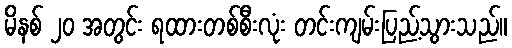
မိနစ် ၂၀ အတွင်း ရထားတစ်စီးလုံး တင်းကျမ်းပြည့်သွားသည်။